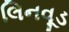
લિનવૂડ